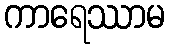
ကာရေဿာမ